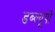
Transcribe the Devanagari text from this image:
डब्ल्यूपी